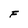
Character: F